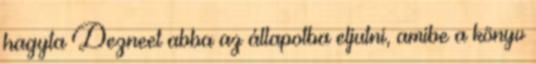
hagyta Dezneet abba az állapotba eljutni, amibe a könyv